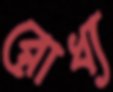
রোধ্য